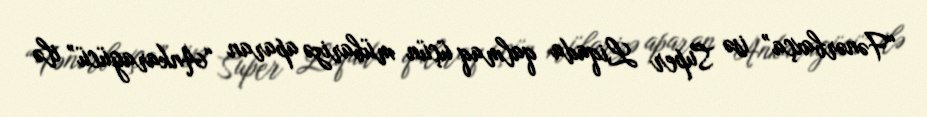
“Fənərbaxça” isə Super Liqada qalmaq üçün mübarizə aparan “Ankaragücü” ilə